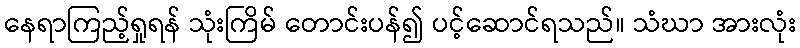
နေရာကြည့်ရှုရန် သုံးကြိမ် တောင်းပန်၍ ပင့်ဆောင်ရသည်။ သံဃာ အားလုံး